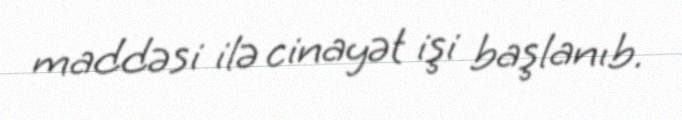
maddəsi ilə cinayət işi başlanıb.